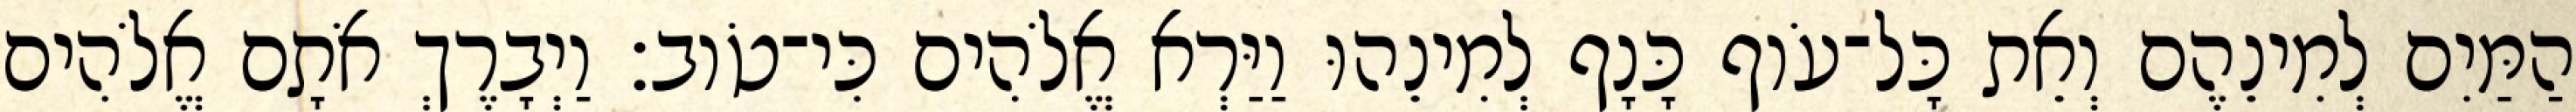
הַמַּיִם לְמִינֵהֶם וְאֵת כָּל־עֹוף כָּנָף לְמִינֵהוּ וַיַּרְא אֱלֹהִים כִּי־טֹוב׃ וַיְבָרֶךְ אֹתָם אֱלֹהִים